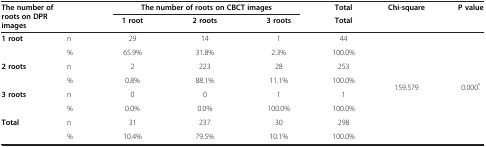
<table><thead><tr><td rowspan="2" colspan="2"><b>The number of roots on DPR images</b></td><td colspan="3"><b>The number of roots on CBCT images</b></td><td><b>Total</b></td><td><b>Chi-square</b></td><td><b>P value</b></td></tr><tr><td><b>1 root</b></td><td><b>2 roots</b></td><td><b>3 roots</b></td><td><b>Total</b></td><td><b> </b></td><td><b> </b></td></tr></thead><tbody><tr><td rowspan="2"><b>1 root</b></td><td>n</td><td>29</td><td>14</td><td>1</td><td>44</td><td rowspan="8">159.579</td><td rowspan="8">0.000<sup>*</sup></td></tr><tr><td>%</td><td>65.9%</td><td>31.8%</td><td>2.3%</td><td>100.0%</td></tr><tr><td rowspan="2"><b>2 roots</b></td><td>n</td><td>2</td><td>223</td><td>28</td><td>253</td></tr><tr><td>%</td><td>0.8%</td><td>88.1%</td><td>11.1%</td><td>100.0%</td></tr><tr><td rowspan="2"><b>3 roots</b></td><td>n</td><td>0</td><td>0</td><td>1</td><td>1</td></tr><tr><td>%</td><td>0.0%</td><td>0.0%</td><td>100.0%</td><td>100.0%</td></tr><tr><td rowspan="2"><b>Total</b></td><td>n</td><td>31</td><td>237</td><td>30</td><td>298</td></tr><tr><td>%</td><td>10.4%</td><td>79.5%</td><td>10.1%</td><td>100.0%</td></tr></tbody></table>